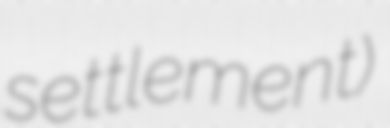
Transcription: settlement)